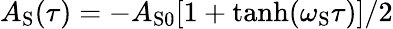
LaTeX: A_{\mathrm{S}}(\tau)=-A_{\mathrm{S0}}[1+\operatorname{tanh}(\omega_{\mathrm{S}}\tau)]/2